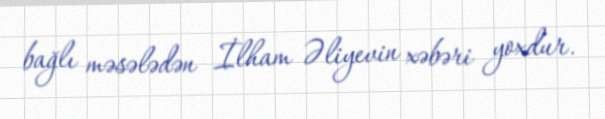
bağlı məsələdən İlham Əliyevin xəbəri yoxdur.